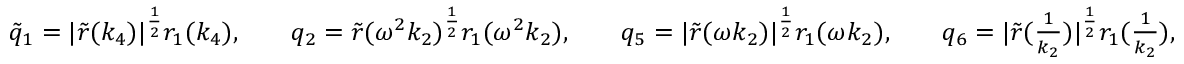
\begin{array} { r l r l r l r l } & { \tilde { q } _ { 1 } = | \tilde { r } ( k _ { 4 } ) | ^ { \frac { 1 } { 2 } } r _ { 1 } ( k _ { 4 } ) , } & & { q _ { 2 } = \tilde { r } ( \omega ^ { 2 } k _ { 2 } ) ^ { \frac { 1 } { 2 } } r _ { 1 } ( \omega ^ { 2 } k _ { 2 } ) , } & & { q _ { 5 } = | \tilde { r } ( \omega k _ { 2 } ) | ^ { \frac { 1 } { 2 } } r _ { 1 } ( \omega k _ { 2 } ) , } & & { q _ { 6 } = | \tilde { r } ( \frac { 1 } { k _ { 2 } } ) | ^ { \frac { 1 } { 2 } } r _ { 1 } ( \frac { 1 } { k _ { 2 } } ) , } \end{array}